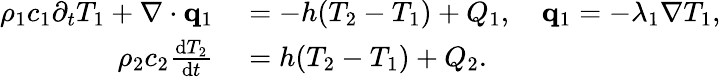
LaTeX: \begin{array}{rl}{\rho_{1}c_{1}\partial_{t}T_{1}+\nabla\cdot\mathbf q_{1}}&{{}=-h(T_{2}-T_{1})+Q_{1},\quad\mathbf q_{1}=-\lambda_{1}\nabla T_{1},}\\ {\rho_{2}c_{2}\frac{\textrm{d}T_{2}}{\textrm{d}t}}&{{}=h(T_{2}-T_{1})+Q_{2}.}\end{array}